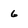
Character: 6